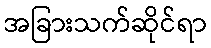
အခြားသက်ဆိုင်ရာ